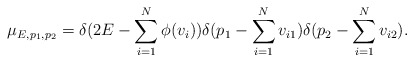
\begin{align*}\mu_{E,p_1,p_2}=\delta (2E - \sum_{i=1}^{N}\phi(v_i))\delta (p_1 - \sum_{i=1}^{N}v_{i1})\delta (p_2 - \sum_{i=1}^{N}v_{i2}).\end{align*}